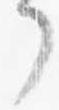
了